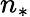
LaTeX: n_{*}